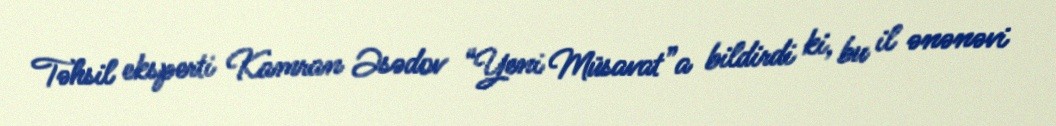
Təhsil eksperti Kamran Əsədov “Yeni Müsavat”a bildirdi ki, bu il ənənəvi